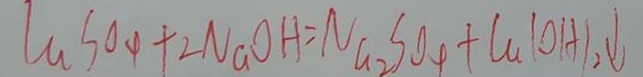
C a S O _ { 4 } + 2 N a O H = N a _ { 2 } S O _ { 4 } + C a ( O H ) _ { 2 } \downarrow